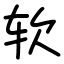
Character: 软